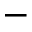
-